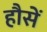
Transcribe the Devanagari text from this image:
हौसें